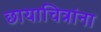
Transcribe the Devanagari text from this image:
छायाचित्रांना